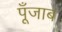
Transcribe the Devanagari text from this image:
पूँजाब